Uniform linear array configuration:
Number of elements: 16
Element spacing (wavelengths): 0.25
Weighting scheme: hamming
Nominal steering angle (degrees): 15
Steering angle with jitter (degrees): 14.4
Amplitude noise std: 0.05
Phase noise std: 0.05

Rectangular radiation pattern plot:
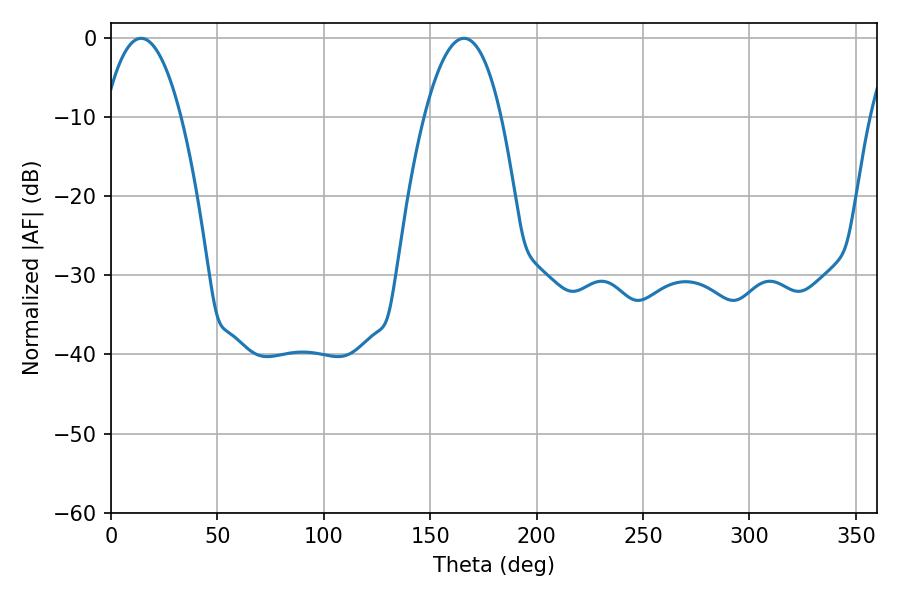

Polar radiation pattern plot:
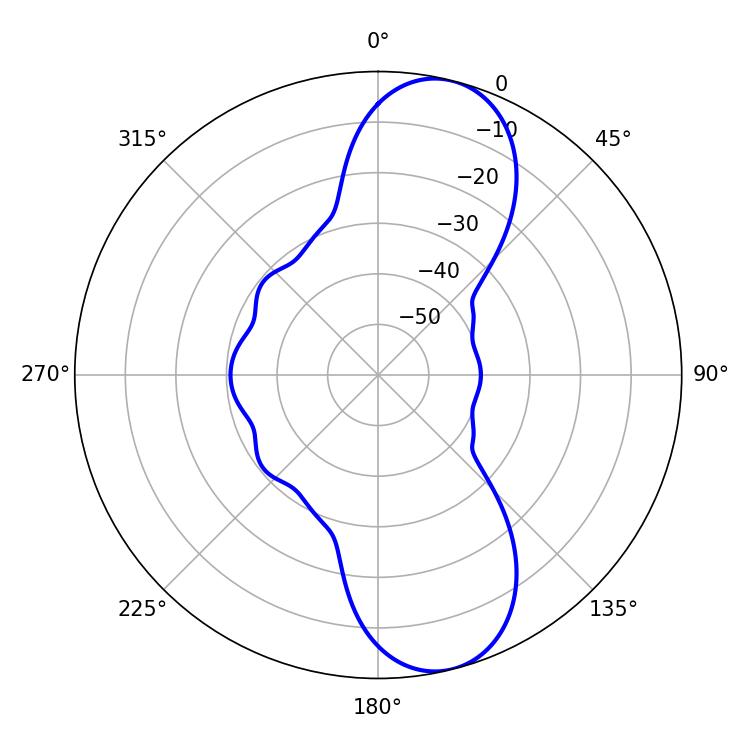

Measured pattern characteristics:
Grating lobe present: FALSE
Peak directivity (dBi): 10.362
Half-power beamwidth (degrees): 19.98
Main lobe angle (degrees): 14.22